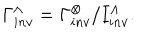
\Gamma _ { i n v } ^ { \wedge } = \Gamma _ { i n v } ^ { \otimes } / I _ { i n v } ^ { \wedge } .